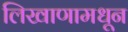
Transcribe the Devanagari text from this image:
लिखाणामधून